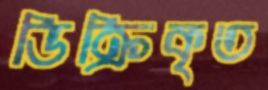
ডিক্রিকৃত